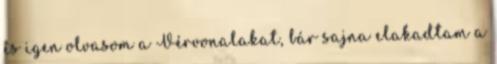
és igen olvasom a Vérvonalakat, bár sajna elakadtam a